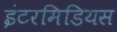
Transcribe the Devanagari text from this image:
इंटरमिडियस